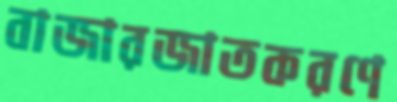
বাজারজাতকরণে